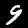
Label: 9